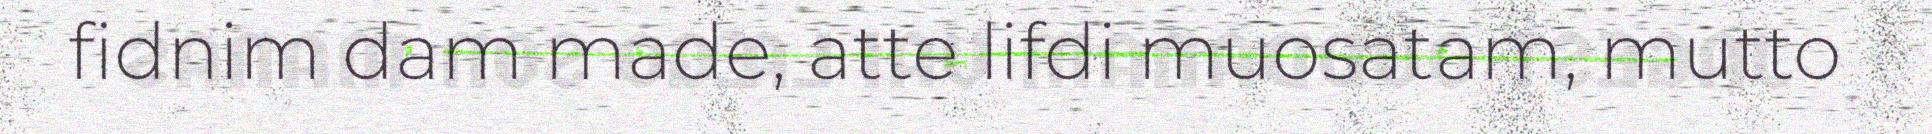
fidnim dam made, atte lifdi muosatam, mutto